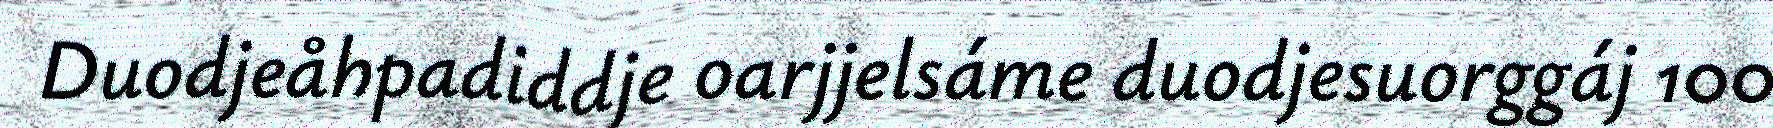
Duodjeåhpadiddje oarjjelsáme duodjesuorggáj 100